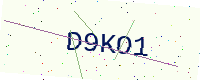
Text: D9KO1